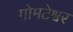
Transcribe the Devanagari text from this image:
गोमटेश्वर